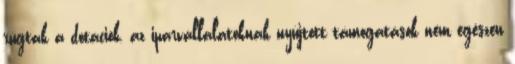
rúgtak a dotációk, az iparvállalatoknak nyújtott támogatások nem egészen